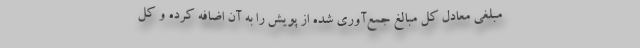
مبلغی معادل کل مبالغ جمع‌آوری شده از پویش را به آن اضافه کرده و کل